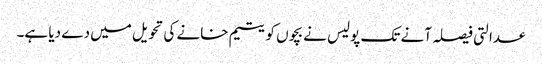
عدالتی فیصلہ آنے تک پولیس نے بچوں کو یتیم خانے کی تحویل میں دے دیا ہے۔